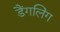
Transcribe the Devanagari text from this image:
डैंगलिंग